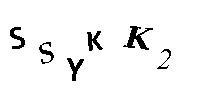
SSYKK2